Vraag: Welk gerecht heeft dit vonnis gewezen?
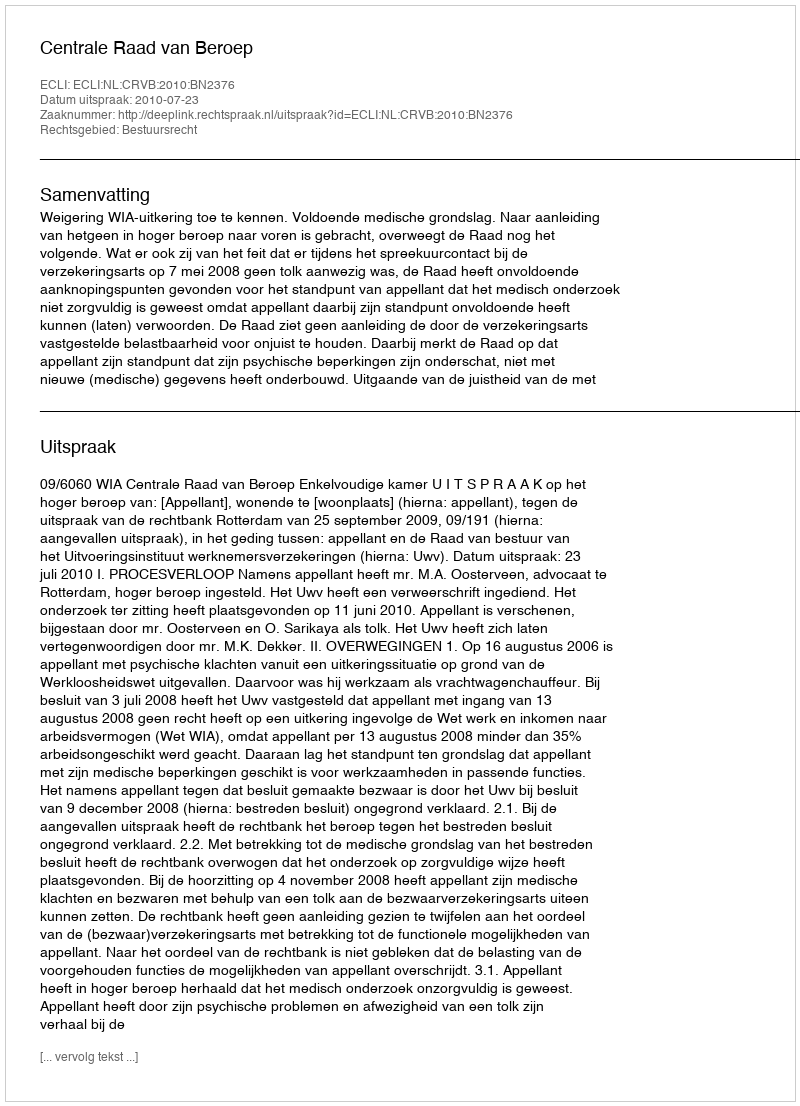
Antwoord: Centrale Raad van Beroep